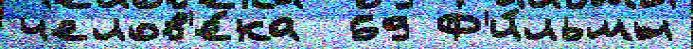
челов'е́ка  69 Ф'и́льмы